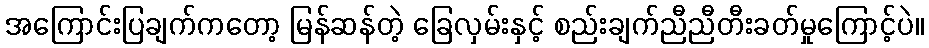
အကြောင်းပြချက်ကတော့ မြန်ဆန်တဲ့ ခြေလှမ်းနှင့် စည်းချက်ညီညီတီးခတ်မှုကြောင့်ပဲ။